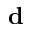
\mathbf { d }